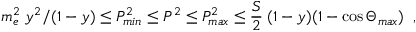
m _ { e } ^ { 2 } \; y ^ { 2 } / ( 1 - y ) \le P _ { m i n } ^ { 2 } \le P ^ { 2 } \le P _ { m a x } ^ { 2 } \le \frac { S } { 2 } \; ( 1 - y ) ( 1 - \cos \Theta _ { m a x } ) \; \; ,